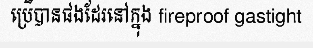
ប្រើបានផងដែរនៅក្នុង fireproof gastight